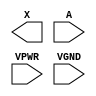
module sky130_fd_sc_hs__dlymetal6s2s (
    X   ,
    A   ,
    VPWR,
    VGND
);

    output X   ;
    input  A   ;
    input  VPWR;
    input  VGND;
endmodule